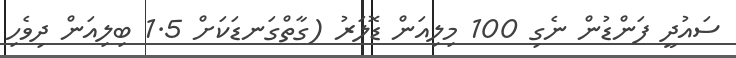
ސައުދީ ފަންޑުން ނެގި 100 މިލިއަން ޑޮލަރު (ގާތްގަނޑަކަށް 1.5 ބިލިއަން ދިވެހި